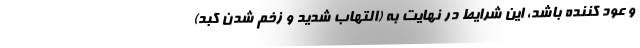
و عود کننده باشد، این شرایط در نهایت به (التهاب شدید و زخم شدن کبد)